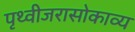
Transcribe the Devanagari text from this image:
पृथ्वीजरासोकाव्य